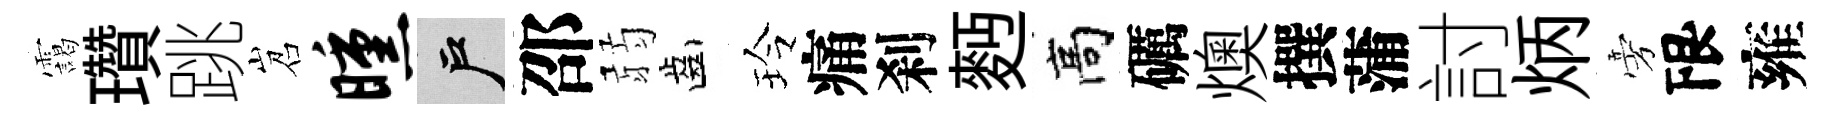
靄瓚跳岧曛户邵弱齒玲痛刹麪高礪燠撰蒲討炳旁限雍